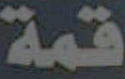
قمة